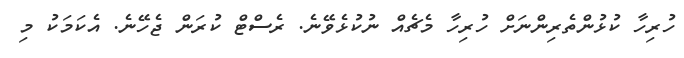
ހުރިހާ ކުޅުންތެރިންނަށް ހުރިހާ މެޗެއް ނުކުޅެވޭނެ. ރެސްޓް ކުރަން ޖެހޭނެ. އެކަމަކު މި